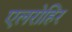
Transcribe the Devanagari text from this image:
एलरोहिर